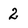
Character: 2